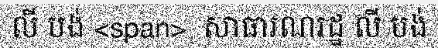
លី បង់ <span>  សាធារណរដ្ឋ លី បង់